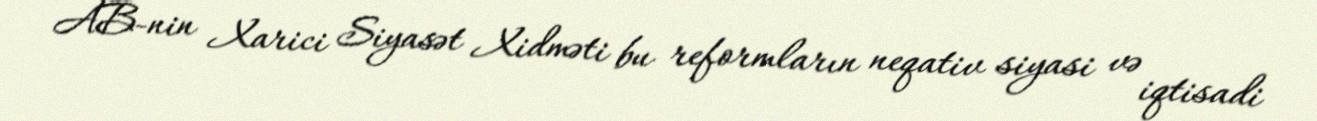
AB-nin Xarici Siyasət Xidməti bu reformların neqativ siyasi və iqtisadi